Calcutta medical institutions reports 1879-81 [i.e.91]
Year: 1879
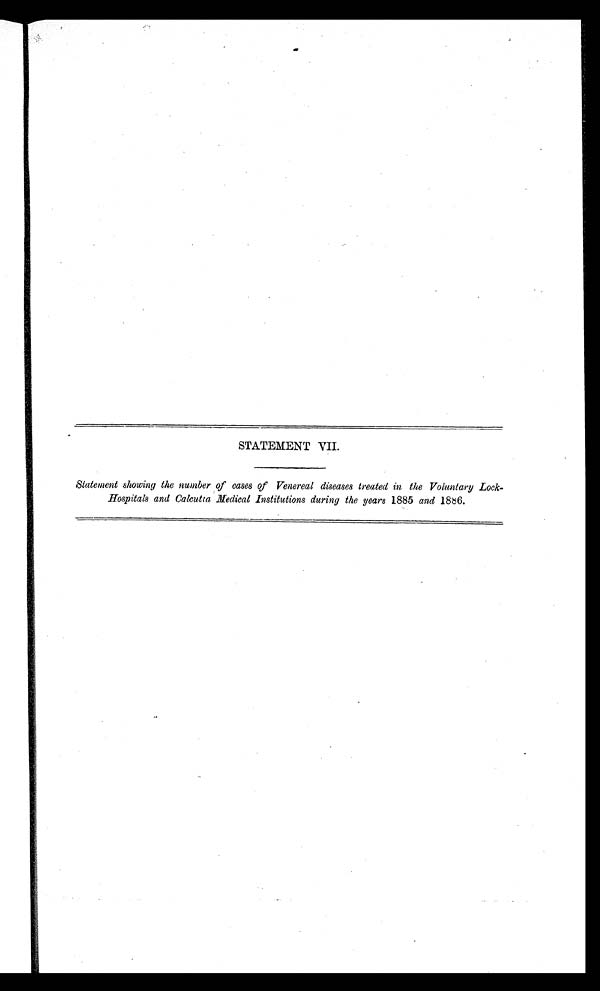
STATEMENT VII.
Statement showing the number of cases of Venereal diseases treated in the Voluntary Lock-
Hospitals and Calcutta Medical Institutions during the years 1885 and 1886.